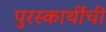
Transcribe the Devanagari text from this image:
पुरस्कार्थींची